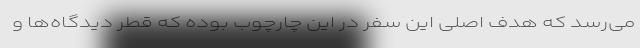
می‌رسد که هدف اصلی این سفر در این چارچوب بوده که قطر دیدگاه‌ها و